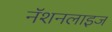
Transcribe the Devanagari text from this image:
नॅशनलाइज